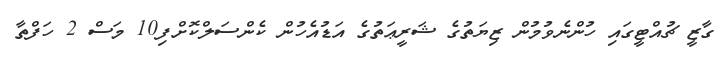
ގާޒީ ޗުއްޓީގައި ހުންނެވުމުން ޒިޔަތުގެ ޝަރީޢަތުގެ އަޑުއެހުން ކެންސަލްކޮށްފި10 މަސް 2 ހަފްތާ